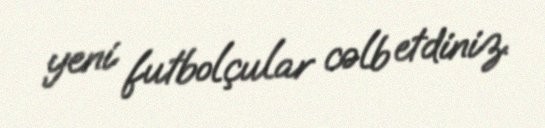
yeni futbolçular cəlb etdiniz.